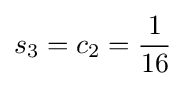
s_{3}=c_{2}={\frac {1}{16}}